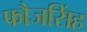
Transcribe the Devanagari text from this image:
फौजसिंह